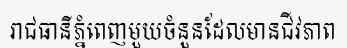
រាជធានីភ្នំពេញមួយចំនួនដែលមានជីវភាព